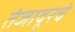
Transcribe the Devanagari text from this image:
तंजावूरचे